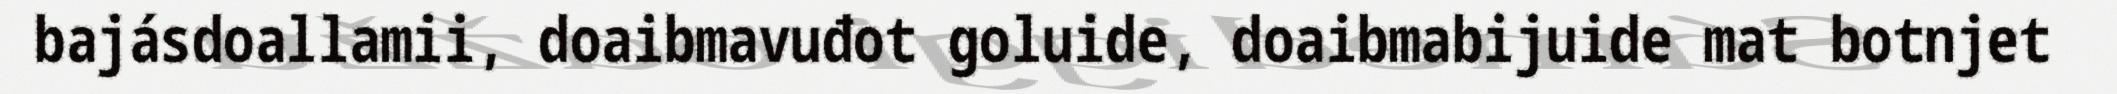
bajásdoallamii, doaibmavuđot goluide, doaibmabijuide mat botnjet